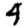
Digit: 4